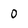
Character: 0